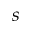
\boldsymbol { s }